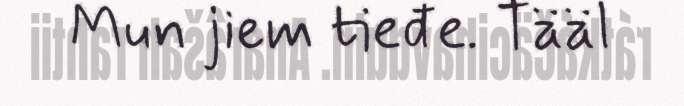
Mun jiem tieđe. Tääl